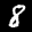
Label: 8